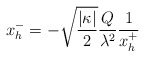
\begin{align*}x_{h}^{-} = -\sqrt{\frac{|\kappa |}{2}} \frac{Q}{\lambda ^{2}}\frac{1}{x_{h}^{+}}\end{align*}